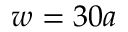
w = 3 0 a